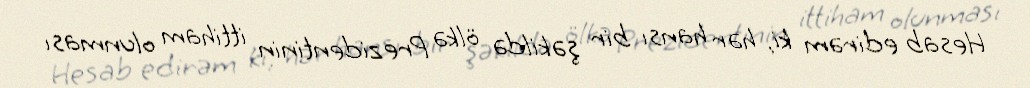
Hesab edirəm ki, hər hansı bir şəkildə ölkə Prezidentinin ittiham olunması